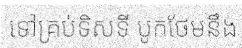
ទៅគ្រប់ទិសទី បូកថែមនឹង